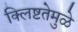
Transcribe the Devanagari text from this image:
क्लिष्टतेमुळे